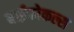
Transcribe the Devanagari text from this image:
बाईफोकल्स